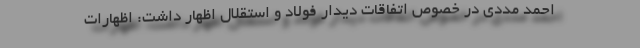
احمد مددی در خصوص اتفاقات دیدار فولاد و استقلال اظهار داشت: اظهارات